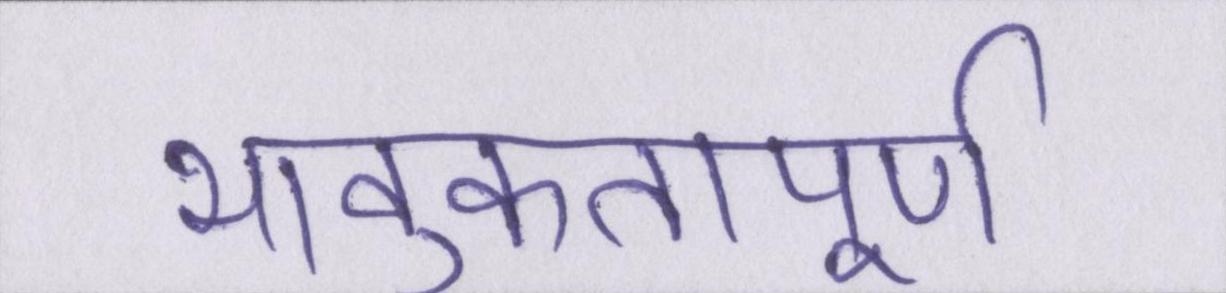
भावुकतापूर्ण